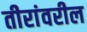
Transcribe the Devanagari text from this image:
तीरांवरील